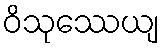
ဝိသုဿေယျ